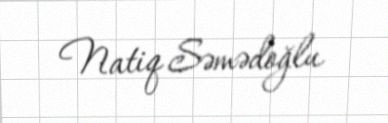
Natiq Səmədoğlu